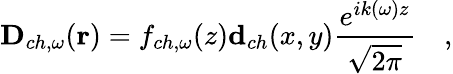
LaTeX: \mathbf{D}_{ch,\omega}(\mathbf{r})=f_{ch,\omega}(z)\mathbf{d}_{ch}(x,y)\frac{e^{ik(\omega)z}}{\sqrt{2\pi}}\quad,